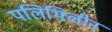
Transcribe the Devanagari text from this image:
पलिथिलीन